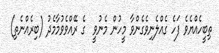
ތިބީހެއްޔެވެ ފަހެ ގެއްލެނިވެގެންވާ މީހުން މެނުވީ  ގެ ރޭއްވެވުމާމެދު (ބިރެއްނެތި)